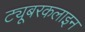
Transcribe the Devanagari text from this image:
ट्यूबरकलाइन